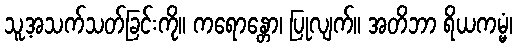
သူ့အသက်သတ်ခြင်းကို။ ကရောန္တော၊ ပြုလျက်။ အတိဘာ ရိယကမ္မံ၊